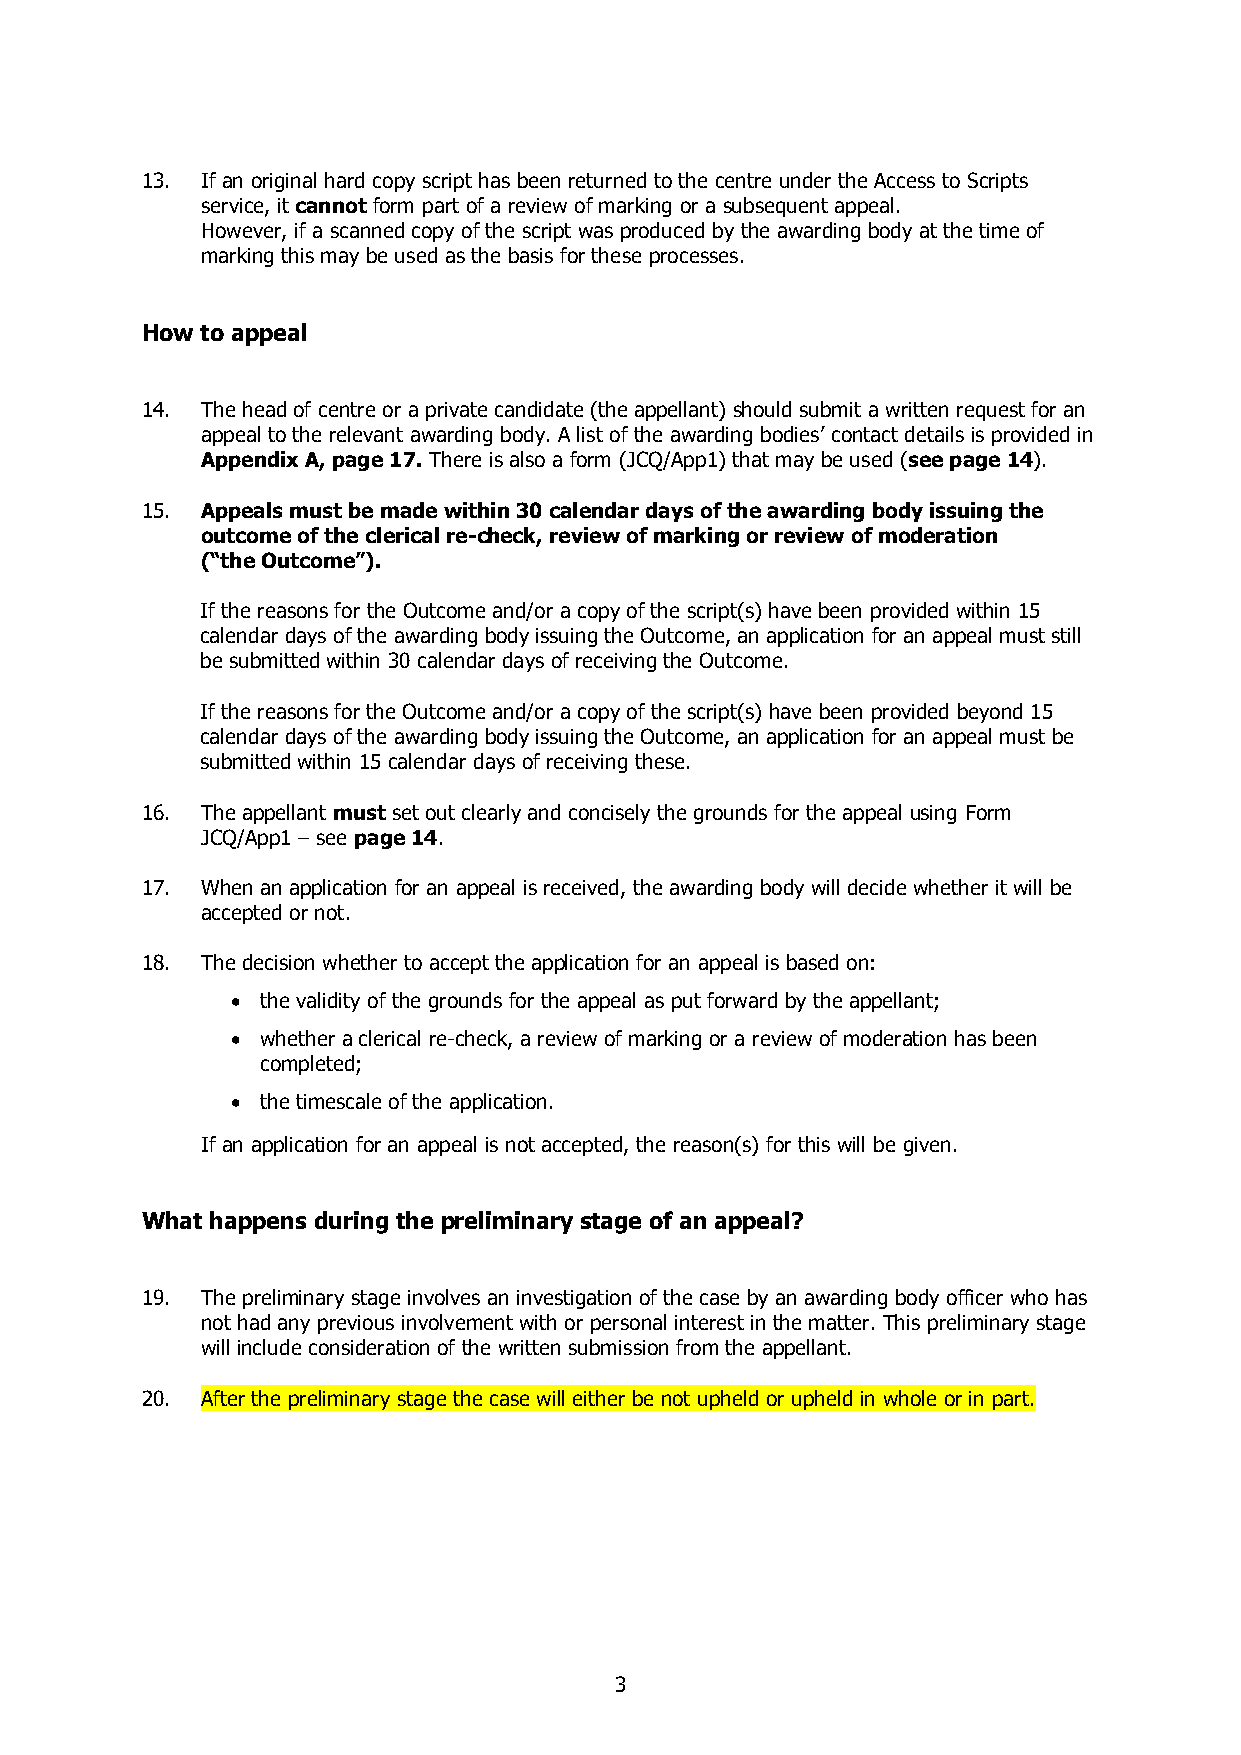
13. If an original hard copy script has been returned to the centre under the Access to Scripts
 service, it cannot form part of a review of marking or a subsequent appeal.
 However, if a scanned copy of the script was produced by the awarding body at the time of
 marking this may be used as the basis for these processes.
 How to appeal
 14. The head of centre or a private candidate (the appellant) should submit a written request for an
 appeal to the relevant awarding body. A list of the awarding bodies’ contact details is provided in
 Appendix A, page 17. There is also a form (JCQ/App1) that may be used (see page 14).
 15. Appeals must be made within 30 calendar days of the awarding body issuing the
 outcome of the clerical re-check, review of marking or review of moderation
 (“the Outcome”).
 If the reasons for the Outcome and/or a copy of the script(s) have been provided within 15
 calendar days of the awarding body issuing the Outcome, an application for an appeal must still
 be submitted within 30 calendar days of receiving the Outcome.
 If the reasons for the Outcome and/or a copy of the script(s) have been provided beyond 15
 calendar days of the awarding body issuing the Outcome, an application for an appeal must be
 submitted within 15 calendar days of receiving these.
 16. The appellant must set out clearly and concisely the grounds for the appeal using Form
 JCQ/App1 – see page 14.
 17. When an application for an appeal is received, the awarding body will decide whether it will be
 accepted or not.
 18. The decision whether to accept the application for an appeal is based on:
 • the validity of the grounds for the appeal as put forward by the appellant;
 • whether a clerical re-check, a review of marking or a review of moderation has been
 completed;
 • the timescale of the application.
 If an application for an appeal is not accepted, the reason(s) for this will be given.
 What happens during the preliminary stage of an appeal?
 19. The preliminary stage involves an investigation of the case by an awarding body officer who has
 not had any previous involvement with or personal interest in the matter. This preliminary stage
 will include consideration of the written submission from the appellant.
 20. After the preliminary stage the case will either be not upheld or upheld in whole or in part.
 3